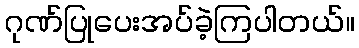
ဂုဏ်ပြုပေးအပ်ခဲ့ကြပါတယ်။